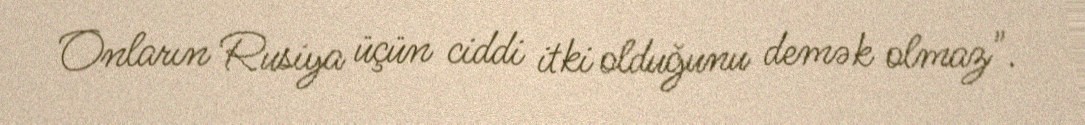
Onların Rusiya üçün ciddi itki olduğunu demək olmaz".